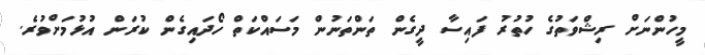
މީހުންނަށް ރިޝްވަތުގެ ހުތުރު ފައިސާ ދީގެން ތަންތަނުން މަސައްކަތް ހޯދައިގެން ކުރަން އުޅުމަށްވުރެ.